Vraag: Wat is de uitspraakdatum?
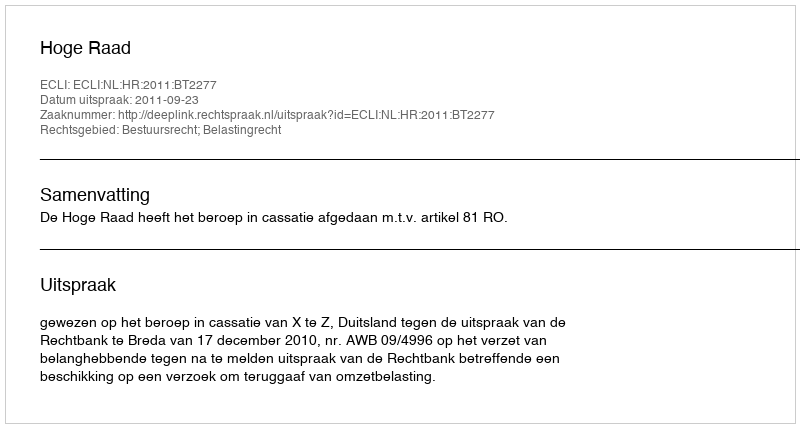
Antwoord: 2011-09-23